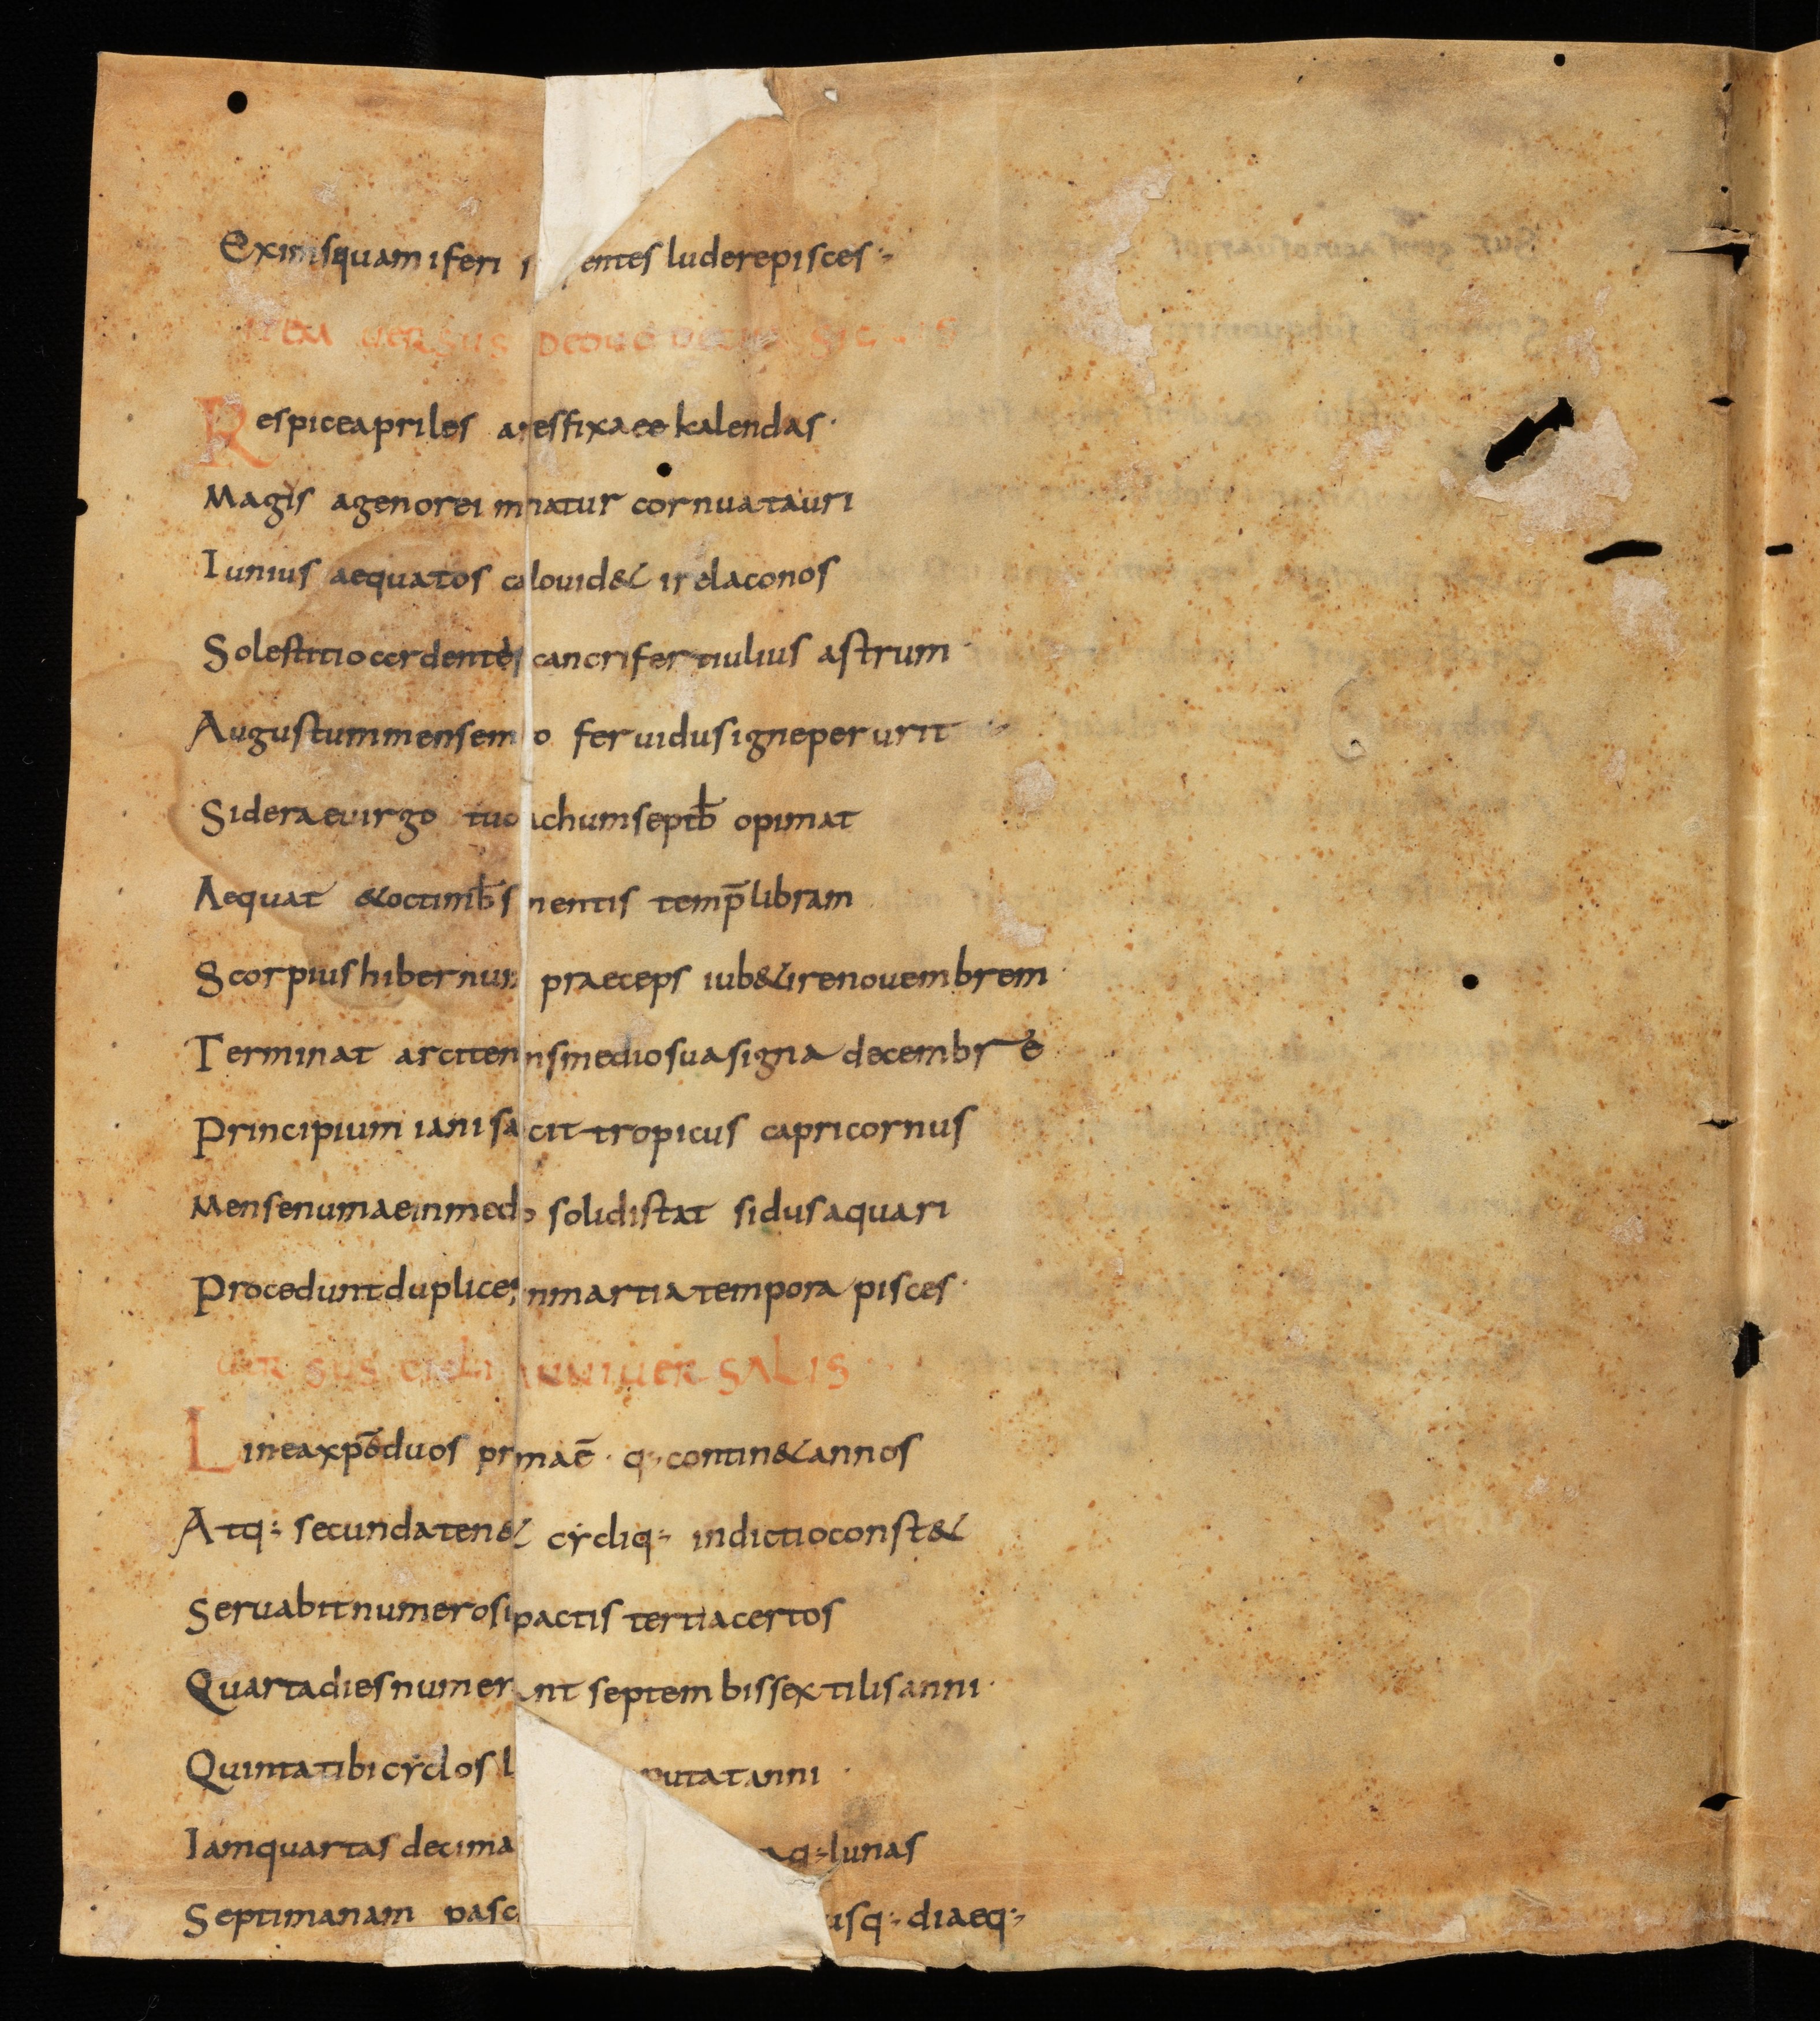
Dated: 825–849